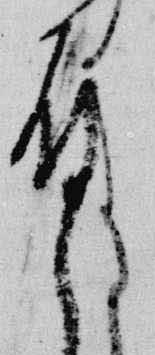
殿